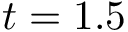
t = 1 . 5